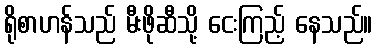
ရိုစာဟန်သည် မီးဖိုဆီသို့ ငေးကြည့် နေသည်။